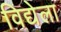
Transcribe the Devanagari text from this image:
विद्येला